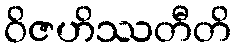
ဝိဇဟိဿတီတိ